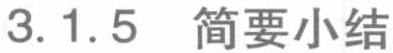
3.1.5 简要小结